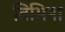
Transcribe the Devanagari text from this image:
विभिना